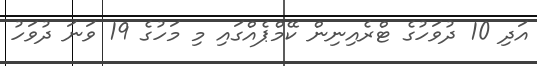
އަދި 10 ދުވަހުގެ ޓްރެއިނިން ކޭމްޕެއްގައި މި މަހުގެ 19 ވަނަ ދުވަހު